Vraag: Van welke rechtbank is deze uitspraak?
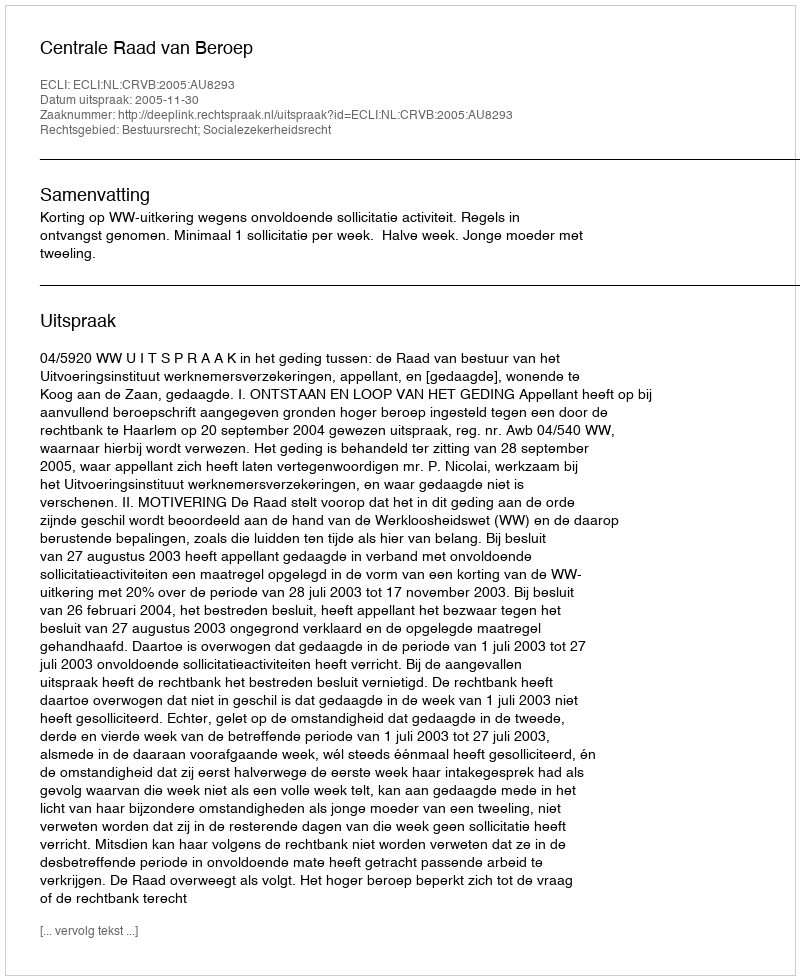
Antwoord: Centrale Raad van Beroep